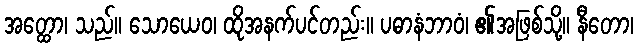
အတ္ထော၊ သည်။ သောယေဝ၊ ထိုအနက်ပင်တည်း။ ပဓာနံဘာဝံ၊ ၏အဖြစ်သို့။ နီတော၊